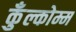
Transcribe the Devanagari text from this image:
कुँल्कोम्म